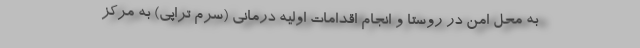
به محل امن در روستا و انجام اقدامات اولیه درمانی (سرم تراپی) به مرکز